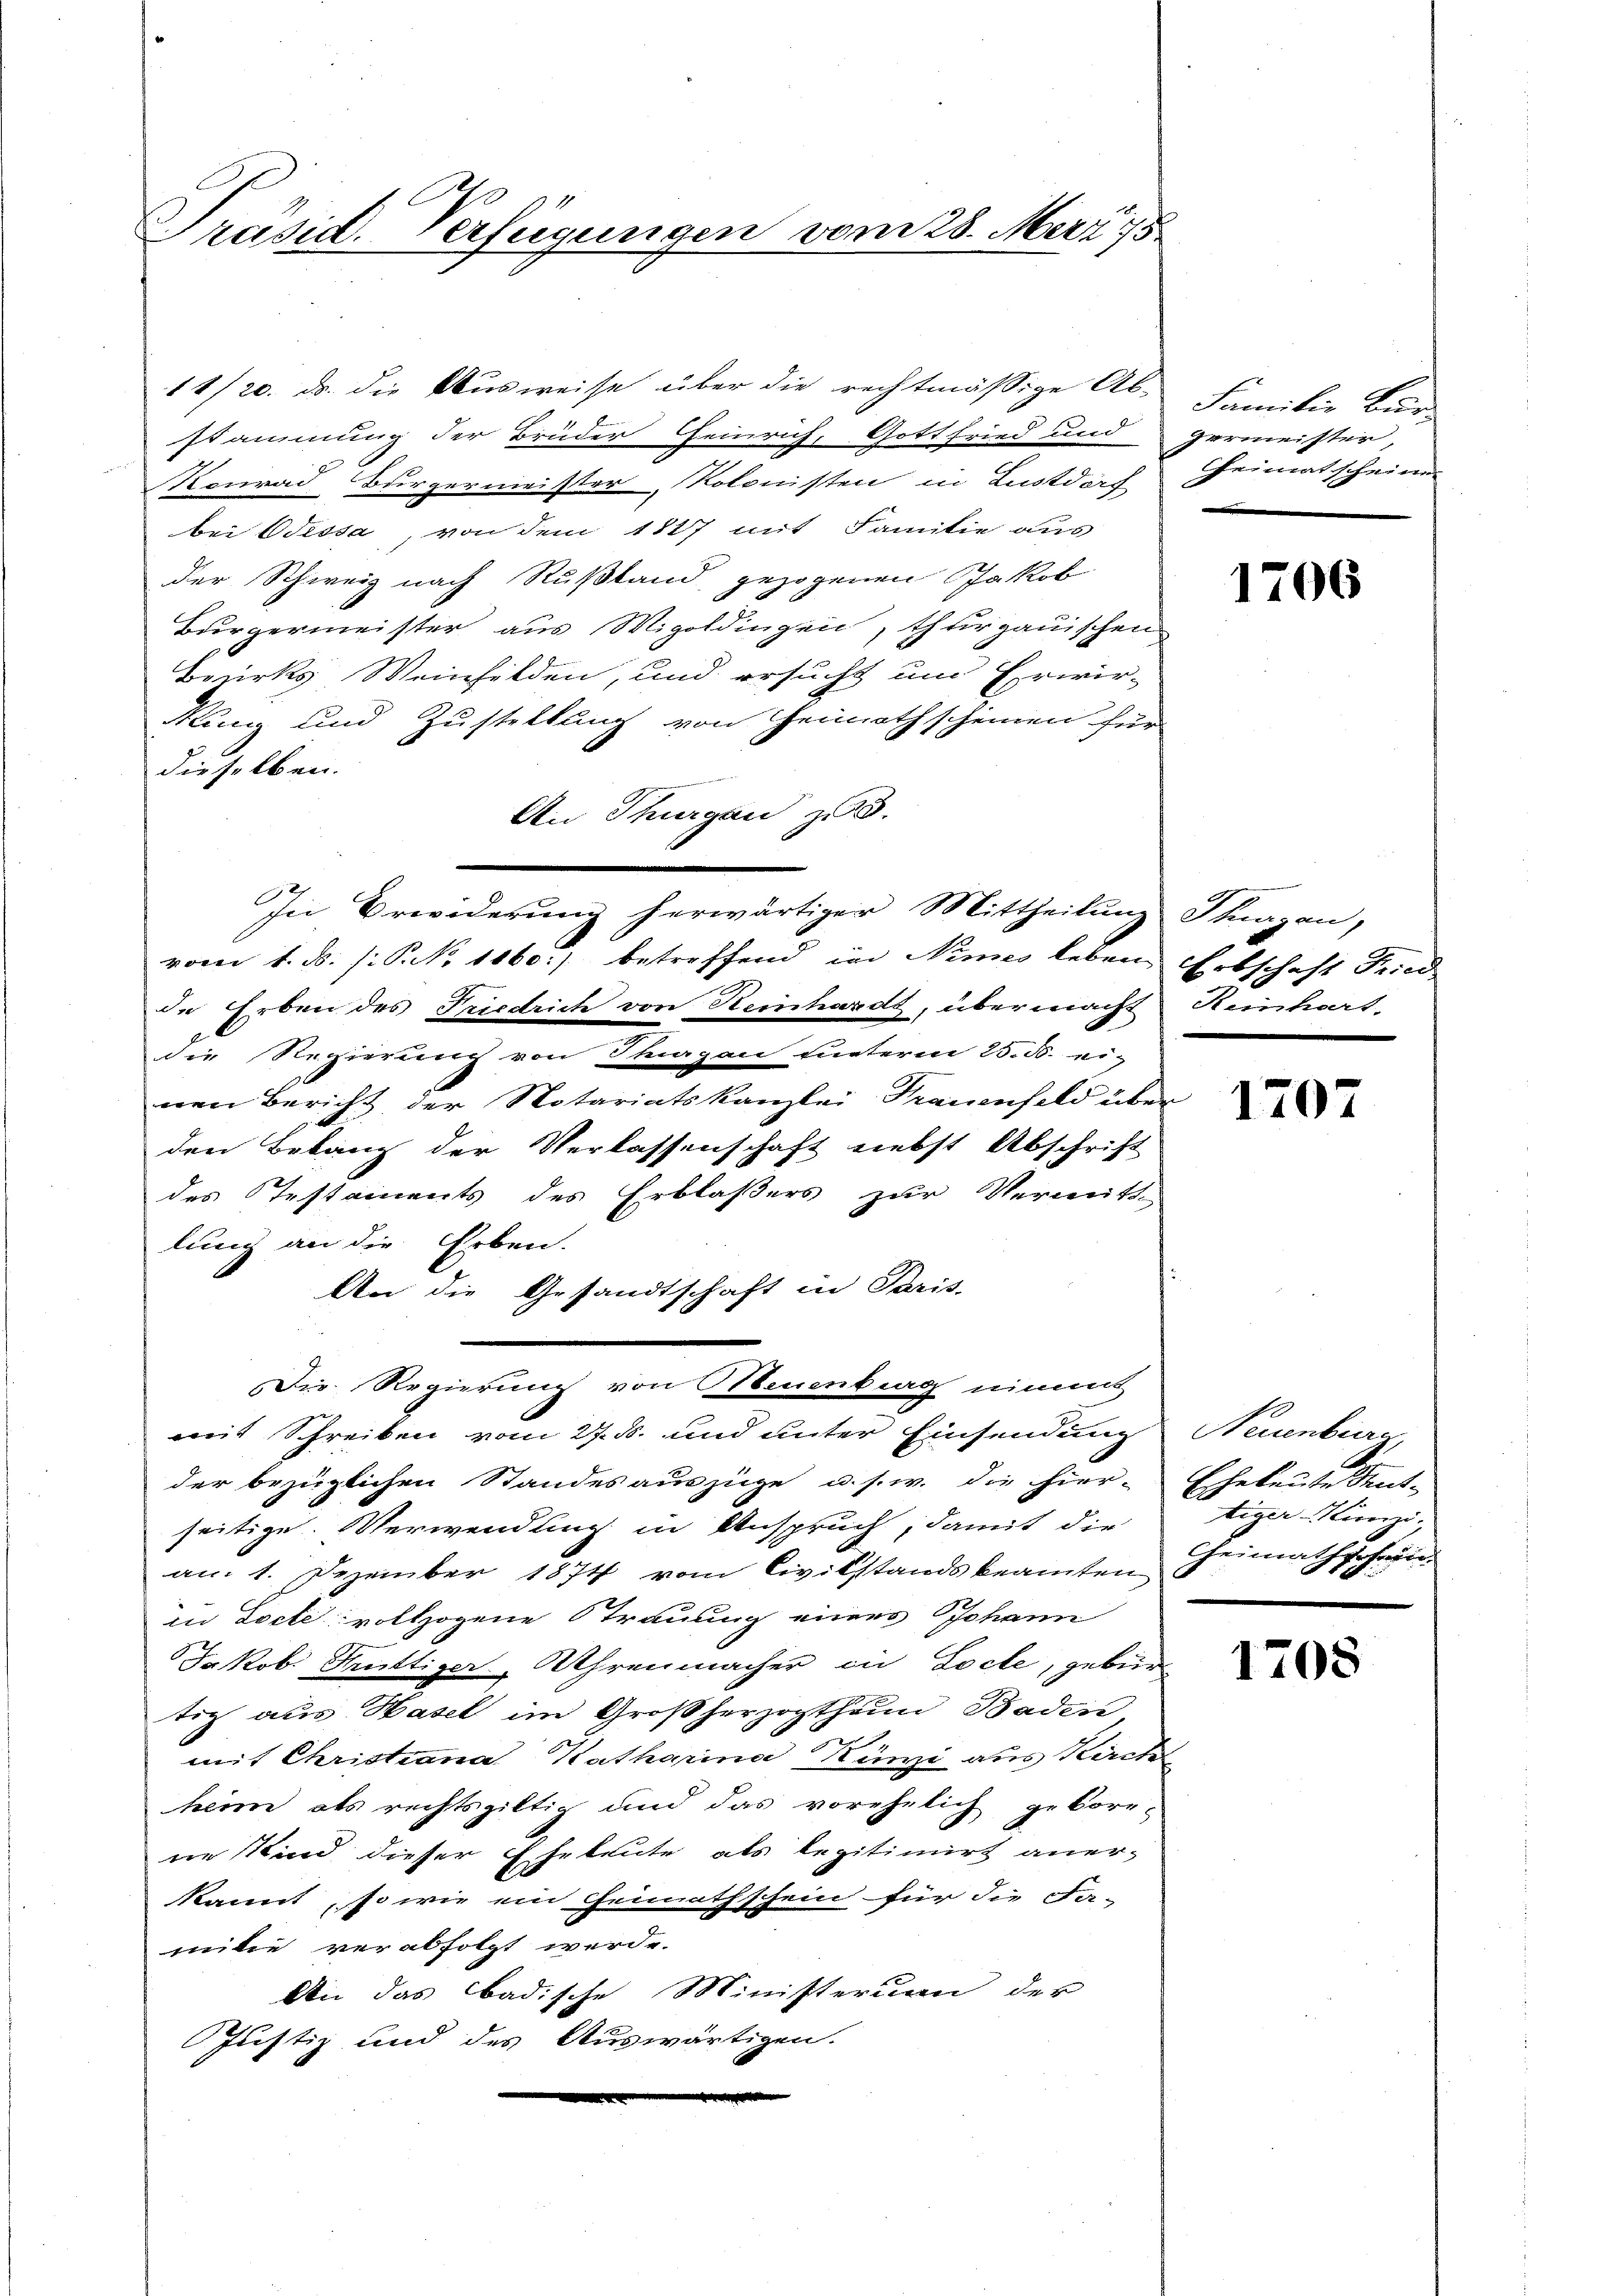
Präsid. Verfügungen vom 28. März 15.

14/20. ds. die Ausweise über die rechtmäßige Ab-
stammung der Brüder Heinrich, Gottfried und
Konrad Bürgermeister, Kolonisten in Lustdach Heimatschein
bei Odissa, von dem 1817 mit Familie aus
der Schweiz nach Rußland gezogenen Jakob
Burgermeister aus Wigoldingen, thurgauischen
Bezirks Weinhilden, und ersucht und Erwir-
Ring und Zustellung von Heimathscheinen für
dieselben.
An Thurgau zu 3.
In Erwiderung herwärtiger Mittheilung Thurgau,
vom 1. d. J. P. Nr. 1860:) betreffend in Nimes lebene Erbschaft Fried
de Erben des Friedrich von Heinhardt, übermacht Heinhart-
die Regierung von Tagen unterm 25. d. eig
nen Bericht, der Notariatskanzlei Frauenfeld über
den Bekanz der Verlassenschaft nebst Abschrift
des testaments des Erblasers zur Vermitt
lung an die Erben.
An die Gesandtschaft in Paris.
Die Regierung von Neuenburg nimmt
mit Schreiben vom 27. ds. und unter Einsendung
der bezüglichen Standesauszüge u. s. w. die hier-
seitige. Verwendung in Anspruch, damit die
an. 1. Dezember 1874 vom Civilstandsbeamten
in Docte vollzogene Strauung eines Johann
Jakob. Kruttiger, Uhrenmacher in Loche, gebür
tig aus Hasel im Großherzogthum Baden,
1.
mit Christiana Katharina Künzi aus Kirch
heim als rechtsgiltig und das vorehelich gebore-
ne Kind dieser Eheleute als legitimirt aner-
kannt, so wie ein Heimathschein für die Fa-
milie verabfolgt werde.
An das badische Ministerium der
Justiz und des Auswärtigen.

Familie Bund
germeister,

1706

1707

Neuenburg,
Eheleute deuttiger Munzi,
Geimathschrei

1708